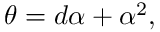
\theta = d \alpha + \alpha ^ { 2 } ,